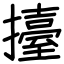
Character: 擡